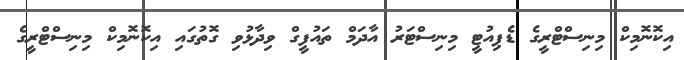
އިކޮނޮމިކް މިނިސްޓްރީގެ ޑެޕިއުޓީ މިނިސްޓަރު އާދަމް ތައުފީގް ވިދާޅުވި ގޮތުގައި އިކޮނޮމިކް މިނިސްޓްރީގެ